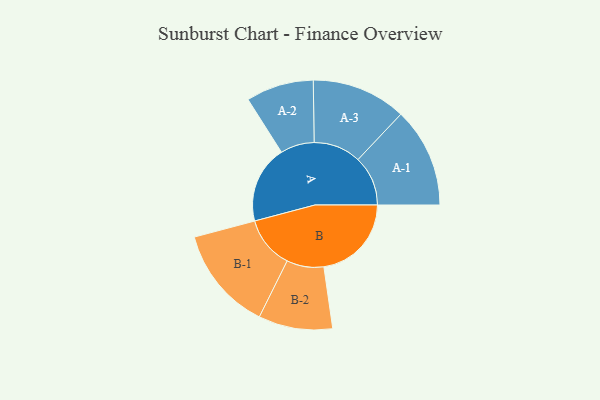
{"axis": {"x": "Segment", "y": "Value"}, "legend": ["", "A", "B"], "data": [{"x": "A", "y": 387, "type": ""}, {"x": "B", "y": 437, "type": ""}, {"x": "A-1", "y": 249, "type": "A"}, {"x": "A-2", "y": 169, "type": "A"}, {"x": "A-3", "y": 236, "type": "A"}, {"x": "B-1", "y": 260, "type": "B"}, {"x": "B-2", "y": 185, "type": "B"}]}